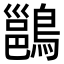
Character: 𪄉